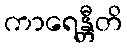
ကာရေန္တီတိ